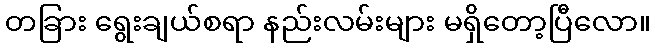
တခြား ရွေးချယ်စရာ နည်းလမ်းများ မရှိတော့ပြီလော။